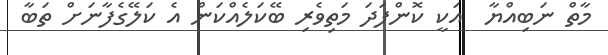
މާތް ނަބިއްޔާ  އަކީ ކޮންފަދަ މަތިވެރި ބޭކަލެއްކަން އެ ކަލޭގެފާނަށް ތަބާ